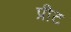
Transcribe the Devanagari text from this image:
प्रीट